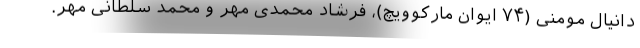
دانیال مومنی (۷۴ ایوان مارکوویچ)، فرشاد محمدی مهر و محمد سلطانی مهر.